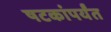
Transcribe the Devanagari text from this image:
षटकांपर्यंत